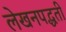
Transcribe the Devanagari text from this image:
लेखनपद्धती